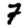
Digit: 7